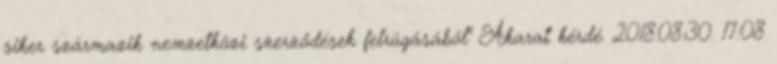
siker származik nemzetközi szerződések felrúgásából" Akarat kérdé. 2018.08.30. 17:08